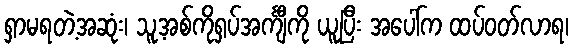
ရှာမရတဲ့အဆုံး၊ သူ့အစ်ကိုရှပ်အင်္ကျီကို ယူပြီး အပေါ်က ထပ်ဝတ်လာရ၊